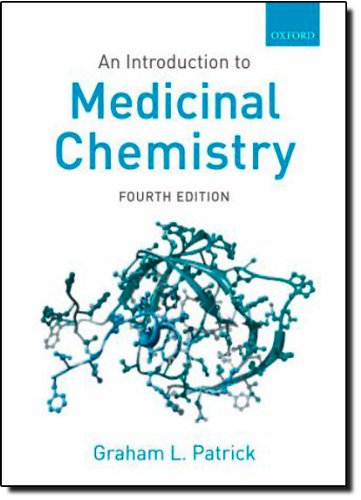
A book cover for An Introduction to Medicinal Chemistry; Graham L. Patrick; Medical Books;